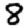
Digit: 8